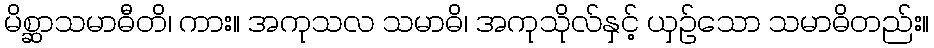
မိစ္ဆာသမာဓီတိ၊ ကား။ အကုသလ သမာဓိ၊ အကုသိုလ်နှင့် ယှဉ်သော သမာဓိတည်း။